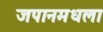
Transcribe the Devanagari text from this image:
जपानमधला